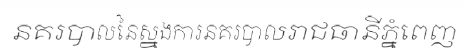
នគរបាលនៃស្នងការនគរបាលរាជធានីភ្នំពេញ